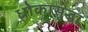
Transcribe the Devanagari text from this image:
धोकासुद्धा